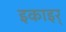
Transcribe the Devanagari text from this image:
इकाइर्